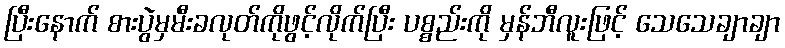
ပြီးနောက် စားပွဲမှမီးခလုတ်ကိုဖွင့်လိုက်ပြီး ပစ္စည်းကို မှန်ဘီလူးဖြင့် သေသေချာချာ